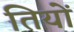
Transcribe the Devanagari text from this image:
तियों